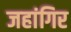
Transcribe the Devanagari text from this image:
जहांगिर